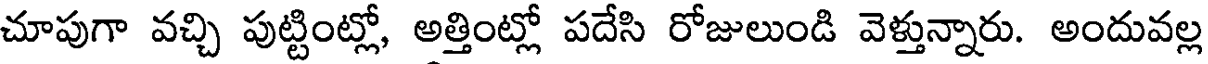
చూపుగా వచ్చి పుట్టింట్లో, అత్తింట్లో పదేసి రోజులుండి వెళ్తున్నారు. అందువల్ల